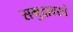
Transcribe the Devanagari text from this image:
समुद्रावरचे